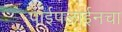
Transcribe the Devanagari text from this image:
पाईपलाईनचा